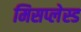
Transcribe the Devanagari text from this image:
मिसप्लेस्ड